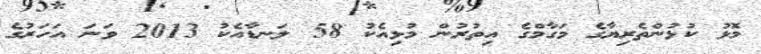
މޮޅު ކުޅުންތެރިޔާގެ މަގާމްގެ އިތުރުން މުޅިއެކު 58 ލަނޑާއެކު 2013 ވަނަ އަހަރުގެ